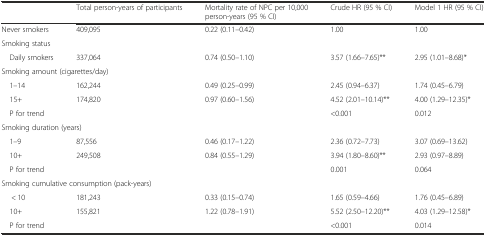
<table><thead><tr><td></td><td><b>Total person-years of participants</b></td><td><b>Mortality rate of NPC per 10,000 person-years (95 % CI)</b></td><td><b>Crude HR (95 % CI)</b></td><td><b>Model 1 HR (95 % CI)</b></td></tr></thead><tbody><tr><td>Never smokers</td><td>409,095</td><td>0.22 (0.11–0.42)</td><td>1.00</td><td>1.00</td></tr><tr><td colspan="5">Smoking status</td></tr><tr><td> Daily smokers</td><td>337,064</td><td>0.74 (0.50–1.10)</td><td>3.57 (1.66–7.65)**</td><td>2.95 (1.01–8.68)*</td></tr><tr><td colspan="5">Smoking amount (cigarettes/day)</td></tr><tr><td> 1–14</td><td>162,244</td><td>0.49 (0.25–0.99)</td><td>2.45 (0.94–6.37)</td><td>1.74 (0.45–6.79)</td></tr><tr><td> 15+</td><td>174,820</td><td>0.97 (0.60–1.56)</td><td>4.52 (2.01–10.14)**</td><td>4.00 (1.29–12.35)*</td></tr><tr><td> P for trend</td><td></td><td></td><td>&lt;0.001</td><td>0.012</td></tr><tr><td colspan="5">Smoking duration (years)</td></tr><tr><td> 1–9</td><td>87,556</td><td>0.46 (0.17–1.22)</td><td>2.36 (0.72–7.73)</td><td>3.07 (0.69–13.62)</td></tr><tr><td> 10+</td><td>249,508</td><td>0.84 (0.55–1.29)</td><td>3.94 (1.80–8.60)**</td><td>2.93 (0.97–8.89)</td></tr><tr><td> P for trend</td><td></td><td></td><td>0.001</td><td>0.064</td></tr><tr><td colspan="5">Smoking cumulative consumption (pack-years)</td></tr><tr><td>&lt; 10</td><td>181,243</td><td>0.33 (0.15–0.74)</td><td>1.65 (0.59–4.66)</td><td>1.76 (0.45–6.89)</td></tr><tr><td> 10+</td><td>155,821</td><td>1.22 (0.78–1.91)</td><td>5.52 (2.50–12.20)**</td><td>4.03 (1.29–12.58)*</td></tr><tr><td> P for trend</td><td></td><td></td><td>&lt;0.001</td><td>0.014</td></tr></tbody></table>